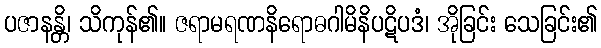
ပဇာနန္တိ၊ သိကုန်၏။ ဇရာမရဏနိရောဓဂါမိနိပဋိပဒံ၊ အိုခြင်း သေခြင်း၏